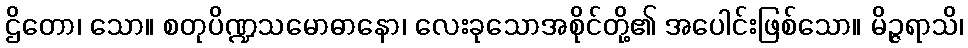
ဌိတော၊ သော။ စတုပိဏ္ဍသမောဓာနော၊ လေးခုသောအစိုင်တို့၏ အပေါင်းဖြစ်သော။ မိဉ္ဇရာသိ၊